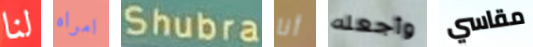
لنا امراه Shubra أنا وأجعله مقاسي